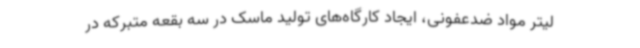
لیتر مواد ضدعفونی، ایجاد کارگاه‌های تولید ماسک در سه بقعه متبرکه در